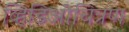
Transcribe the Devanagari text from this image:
व्हिडिओचित्रण